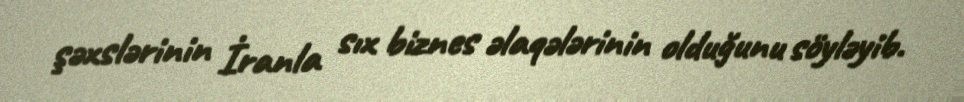
şəxslərinin İranla sıx biznes əlaqələrinin olduğunu söyləyib.